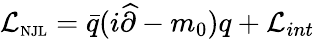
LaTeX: {\cal L}_{\mathrm{\scriptsize{NJL}}}=\bar{q}(i\widehat{\partial}-m_{0})q+{\cal L}_{int}